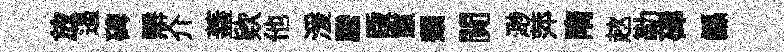
放遏碑辯介蓋欵他湲騰䟦憇頹閴𣺌萍隋趑勒硉鲧